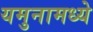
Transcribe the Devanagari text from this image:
यमुनामध्ये